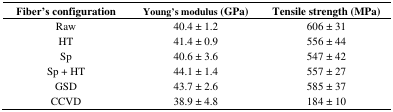
| Fiber’s configuration | Young’s modulus (GPa) | Tensile strength (MPa) |
 | --- | --- | --- |
 | Raw | 40.4 ± 1.2 | 606 ± 31 |
 | HT | 41.4 ± 0.9 | 556 ± 44 |
 | Sp | 40.6 ± 3.6 | 547 ± 42 |
 | Sp + HT | 44.1 ± 1.4 | 557 ± 27 |
 | GSD | 43.7 ± 2.6 | 585 ± 37 |
 | CCVD | 38.9 ± 4.8 | 184 ± 10 |